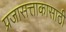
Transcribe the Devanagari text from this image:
प्रजासत्ताकासाठी